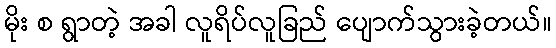
မိုး စ ရွာတဲ့ အခါ လူရိပ်လူခြည် ပျောက်သွားခဲ့တယ်။